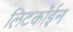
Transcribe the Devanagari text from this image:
लिटकॉईन